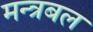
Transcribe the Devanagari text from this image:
मन्त्रबल